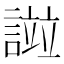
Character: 𧪻